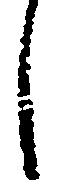
し